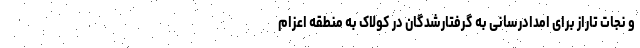
و نجات تاراز برای امدادرسانی به گرفتارشدگان در کولاک به منطقه اعزام